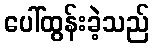
ပေါ်ထွန်းခဲ့သည်